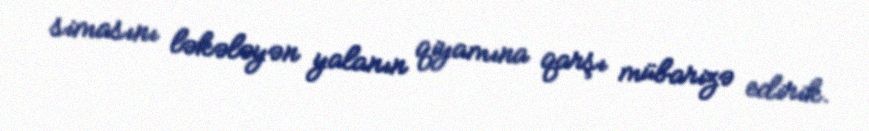
simasını ləkələyən yalanın qiyamına qarşı mübarizə edirik.